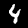
Digit: 4